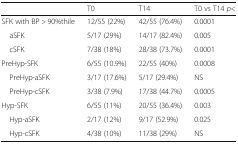
|  | T0 | T14 | T0 vs T14 p< |
 | --- | --- | --- | --- |
 | SFK with BP > 90%thile | 12/55 (22%) | 42/55 (76.4%) | 0.0001 |
 | aSFK | 5/17 (29%) | 14/17 (82.4%) | 0.005 |
 | cSFK | 7/38 (18%) | 28/38 (73.7%) | 0.0001 |
 | PreHyp-SFK | 6/55 (10.9%) | 22/55 (40%) | 0.0008 |
 | PreHyp-aSFK | 3/17 (17.6%) | 5/17 (29.4%) | NS |
 | PreHyp-cSFK | 3/38 (7.9%) | 17/38 (44.7%) | 0.0005 |
 | Hyp-SFK | 6/55 (11%) | 20/55 (36.4%) | 0.003 |
 | Hyp-aSFK | 2/17 (12%) | 9/17 (52.9%) | 0.025 |
 | Hyp-cSFK | 4/38 (10%) | 11/38 (29%) | NS |